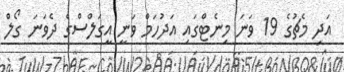
އަދި މެޗުގެ 19 ވަނަ މިނެޓްގައި އަދުހަމް ވަނީ އީގަލްސްގެ ދެވަނަ ގޯލް